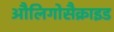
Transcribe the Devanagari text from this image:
औलिगोसैक्राइड